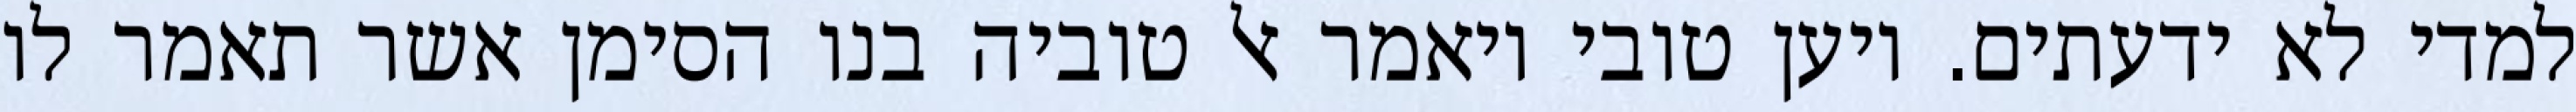
למדי לא ידעתים. ויען טובי ויאמר אל טוביה בנו הסימן אשר תאמר לו